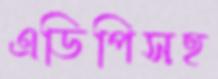
এডিপিসহ